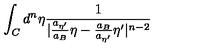
\int _ { C } { d ^ { n } } { \eta } \frac { 1 } { | \frac { a _ { { \eta } ^ { \prime } } } { a _ { B } } { \eta } - \frac { a _ { B } } { a _ { { \eta } ^ { \prime } } } { \eta } ^ { \prime } | ^ { n - 2 } }